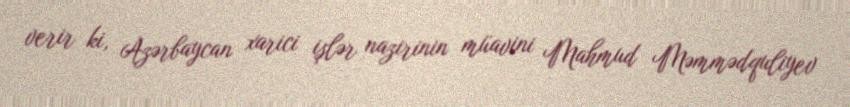
verir ki, Azərbaycan xarici işlər nazirinin müavini Mahmud Məmmədquliyev